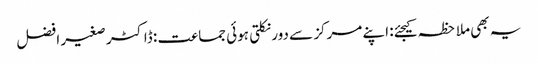
یہ بھی ملاحظہ کیجئے: اپنے مرکز سے دور نکلتی ہوئی جماعت : ڈاکٹر صغیر افضل